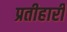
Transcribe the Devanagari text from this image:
प्रतीहारी